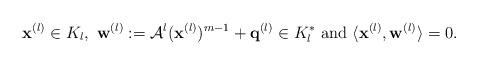
LaTeX: \begin{align*}{\bf x}^{(l)}\in K_l,~{\bf w}^{(l)}:=\mathcal{A}^l({\bf x}^{(l)})^{m-1}+{\bf q}^{(l)}\in K_l^* ~{\rm and}~\langle {\bf x}^{(l)},{\bf w}^{(l)}\rangle=0.\end{align*}